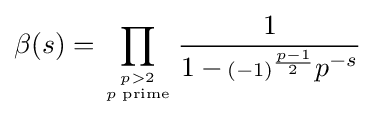
\beta (s)=\prod _{p>2 \atop p{\text{ prime}}}{\frac {1}{1-\,\scriptstyle (-1)^{\frac {p-1}{2}}\textstyle p^{-s}}}